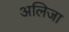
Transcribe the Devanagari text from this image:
अलिजा